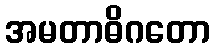
အမတာဓိဂတော